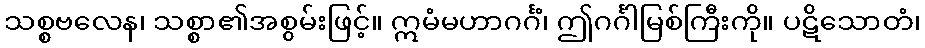
သစ္စဗလေန၊ သစ္စာ၏အစွမ်းဖြင့်။ ဣမံမဟာဂင်္ဂံ၊ ဤဂင်္ဂါမြစ်ကြီးကို။ ပဋိသောတံ၊